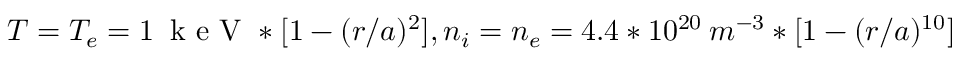
T = T _ { e } = 1 \: \mathrm { ~ k ~ e ~ V ~ } * [ 1 - ( r / a ) ^ { 2 } ] , n _ { i } = n _ { e } = 4 . 4 * 1 0 ^ { 2 0 } \: m ^ { - 3 } * [ 1 - ( r / a ) ^ { 1 0 } ]